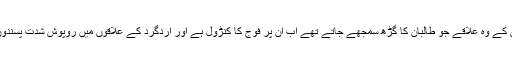
حکام کے مطابق جنوبی وزیرستان کے وہ علاقے جو طالبان کا گڑھ سمجھے جاتے تھے اب اُن پر فوج کا کنڑول ہے اور اردگرد کے علاقوں میں روپوش شدت پسندوں کے خلاف کارروائی جاری ہے۔